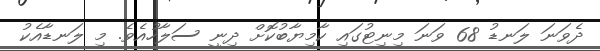
ދެވަނަ ލަނޑު 68 ވަނަ މިނިޓުގައި ކާމިޔާބުކޮށް ދިނީ ސަލާހުއެވެ. މި ލަނޑާއެކު